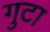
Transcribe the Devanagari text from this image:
गुटा